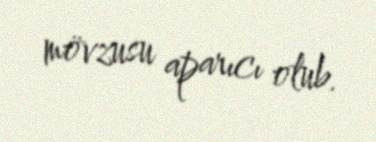
mövzusu aparıcı olub.